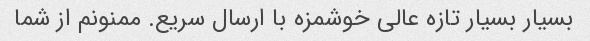
بسیار بسیار تازه عالی خوشمزه با ارسال سریع. ممنونم از شما